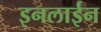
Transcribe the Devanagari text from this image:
इनलाईन